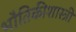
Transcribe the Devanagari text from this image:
भौतिकीशास्त्री